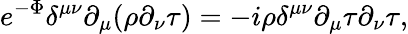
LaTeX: e^{-\Phi}\delta^{\mu\nu}\partial_{\mu}(\rho\partial_{\nu}\tau)=-i\rho\delta^{\mu\nu}\partial_{\mu}\tau\partial_{\nu}\tau,